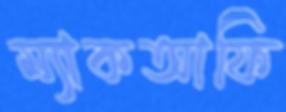
ম্যাকআফি